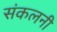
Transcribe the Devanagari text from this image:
संकलनी